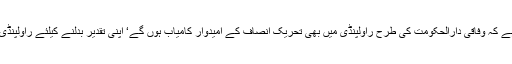
2015ء) پاکستان تحریک انصاف کے چیئرمین عمران خان نے کہا ہے کہ وفاقی دارالحکومت کی طرح راولپنڈی میں بھی تحریک انصاف کے امیدوار کامیاب ہوں گے‘ اپنی تقدیر بدلنے کیلئے راولپنڈی کی عوام کو 5 دسمبرکے روز اپنا حق رائے دہی استعمال کرنا ہوگا۔